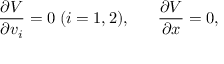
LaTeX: { \frac { \partial V } { \partial v _ { i } } } = 0 \; ( i = 1 , 2 ) , \; \; \; \; \; \; { \frac { \partial V } { \partial x } } = 0 ,